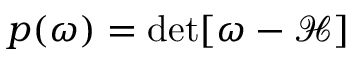
p ( \omega ) = \operatorname* { d e t } [ \omega - \mathcal { H } ]